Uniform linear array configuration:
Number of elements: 16
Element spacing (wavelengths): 0.25
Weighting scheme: cosine
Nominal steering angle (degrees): -15
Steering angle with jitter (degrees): -16.029
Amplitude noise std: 0.05
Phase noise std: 0.05

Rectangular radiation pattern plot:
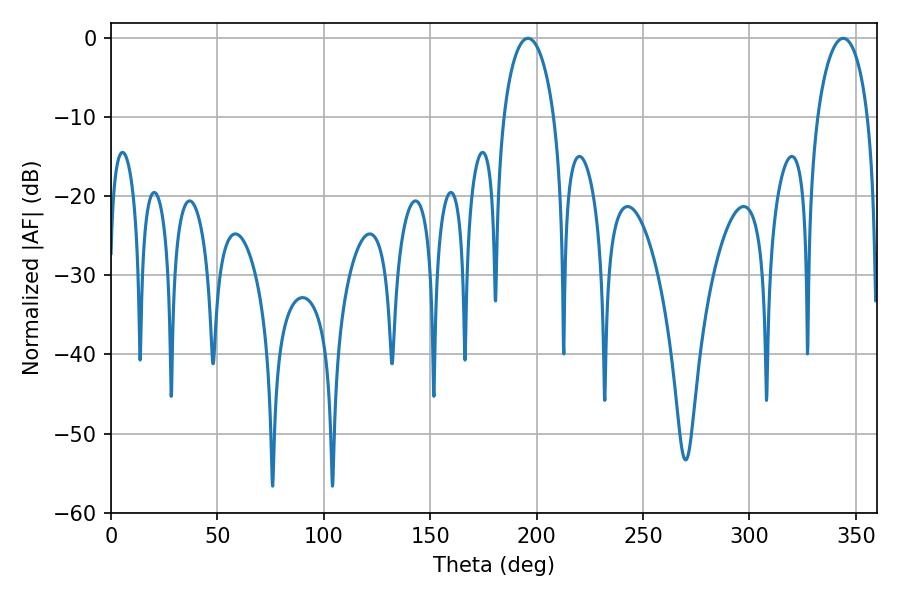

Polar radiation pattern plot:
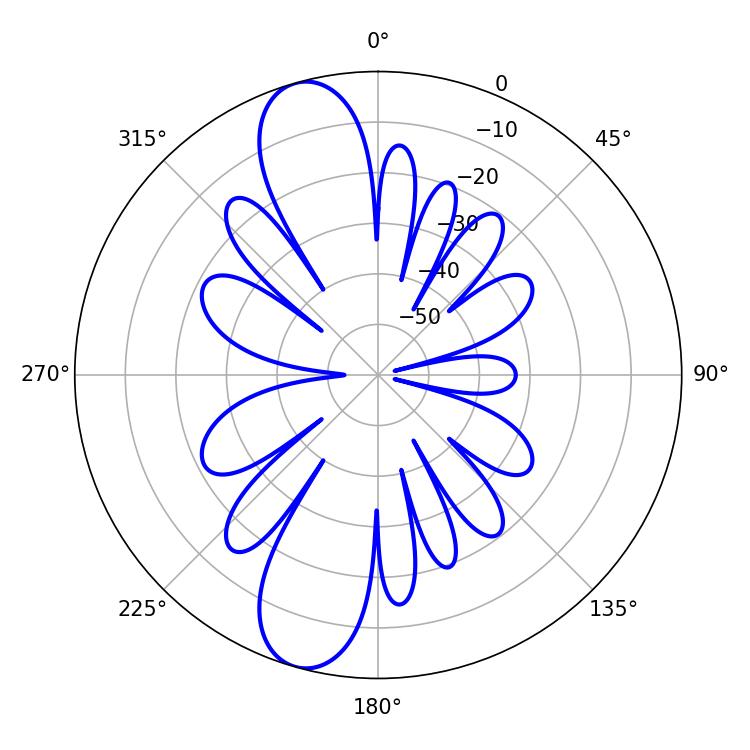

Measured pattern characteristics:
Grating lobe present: FALSE
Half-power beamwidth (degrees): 13.68
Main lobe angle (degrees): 195.84